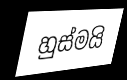
හුස්මයි